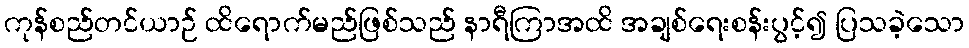
ကုန်စည်တင်ယာဉ် ထိရောက်မည်ဖြစ်သည် နာရီကြာအထိ အချစ်ရေးစန်းပွင့်၍ ပြသခဲ့သော